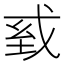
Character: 𢦾